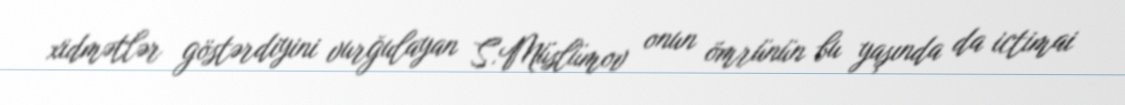
xidmətlər göstərdiyini vurğulayan S.Müslümov onun ömrünün bu yaşında da ictimai